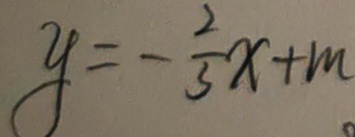
y = - \frac { 2 } { 3 } x + m